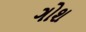
ગોશ